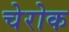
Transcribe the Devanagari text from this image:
चेरोक